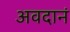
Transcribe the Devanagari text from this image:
अवदानं